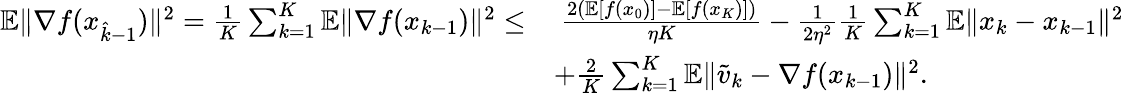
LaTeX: \begin{array}{rl}{\mathbb{E}\| \nabla f(x_{\hat{k}-1})\| ^{2}=\frac{1}{K}\sum_{k=1}^{K}\mathbb{E}\| \nabla f(x_{k-1})\| ^{2}\leq}&{\ \frac{2(\mathbb{E}[f(x_{0})]-\mathbb{E}[f(x_{K})])}{\eta K}-\frac{1}{2\eta^{2}}\frac{1}{K}\sum_{k=1}^{K}\mathbb{E}\| x_{k}-x_{k-1}\| ^{2}}\\ &{+\frac{2}{K}\sum_{k=1}^{K}\mathbb{E}\| \widetilde v_{k}-\nabla f(x_{k-1})\| ^{2}.}\end{array}